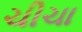
ચીચા